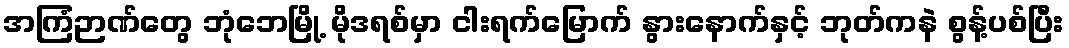
အကြံဉာဏ်တွေ ဘုံဘေမြို့ မိုဒရစ်မှာ ငါးရက်မြောက် နွားနောက်နှင့် ဘုတ်ကနဲ စွန့်ပစ်ပြီး